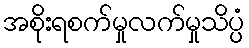
အစိုးရစက်မှုလက်မှုသိပ္ပံ